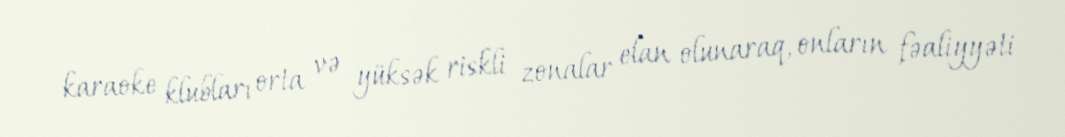
karaoke klubları orta və yüksək riskli zonalar elan olunaraq, onların fəaliyyəti